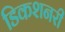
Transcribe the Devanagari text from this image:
डिकशनरी